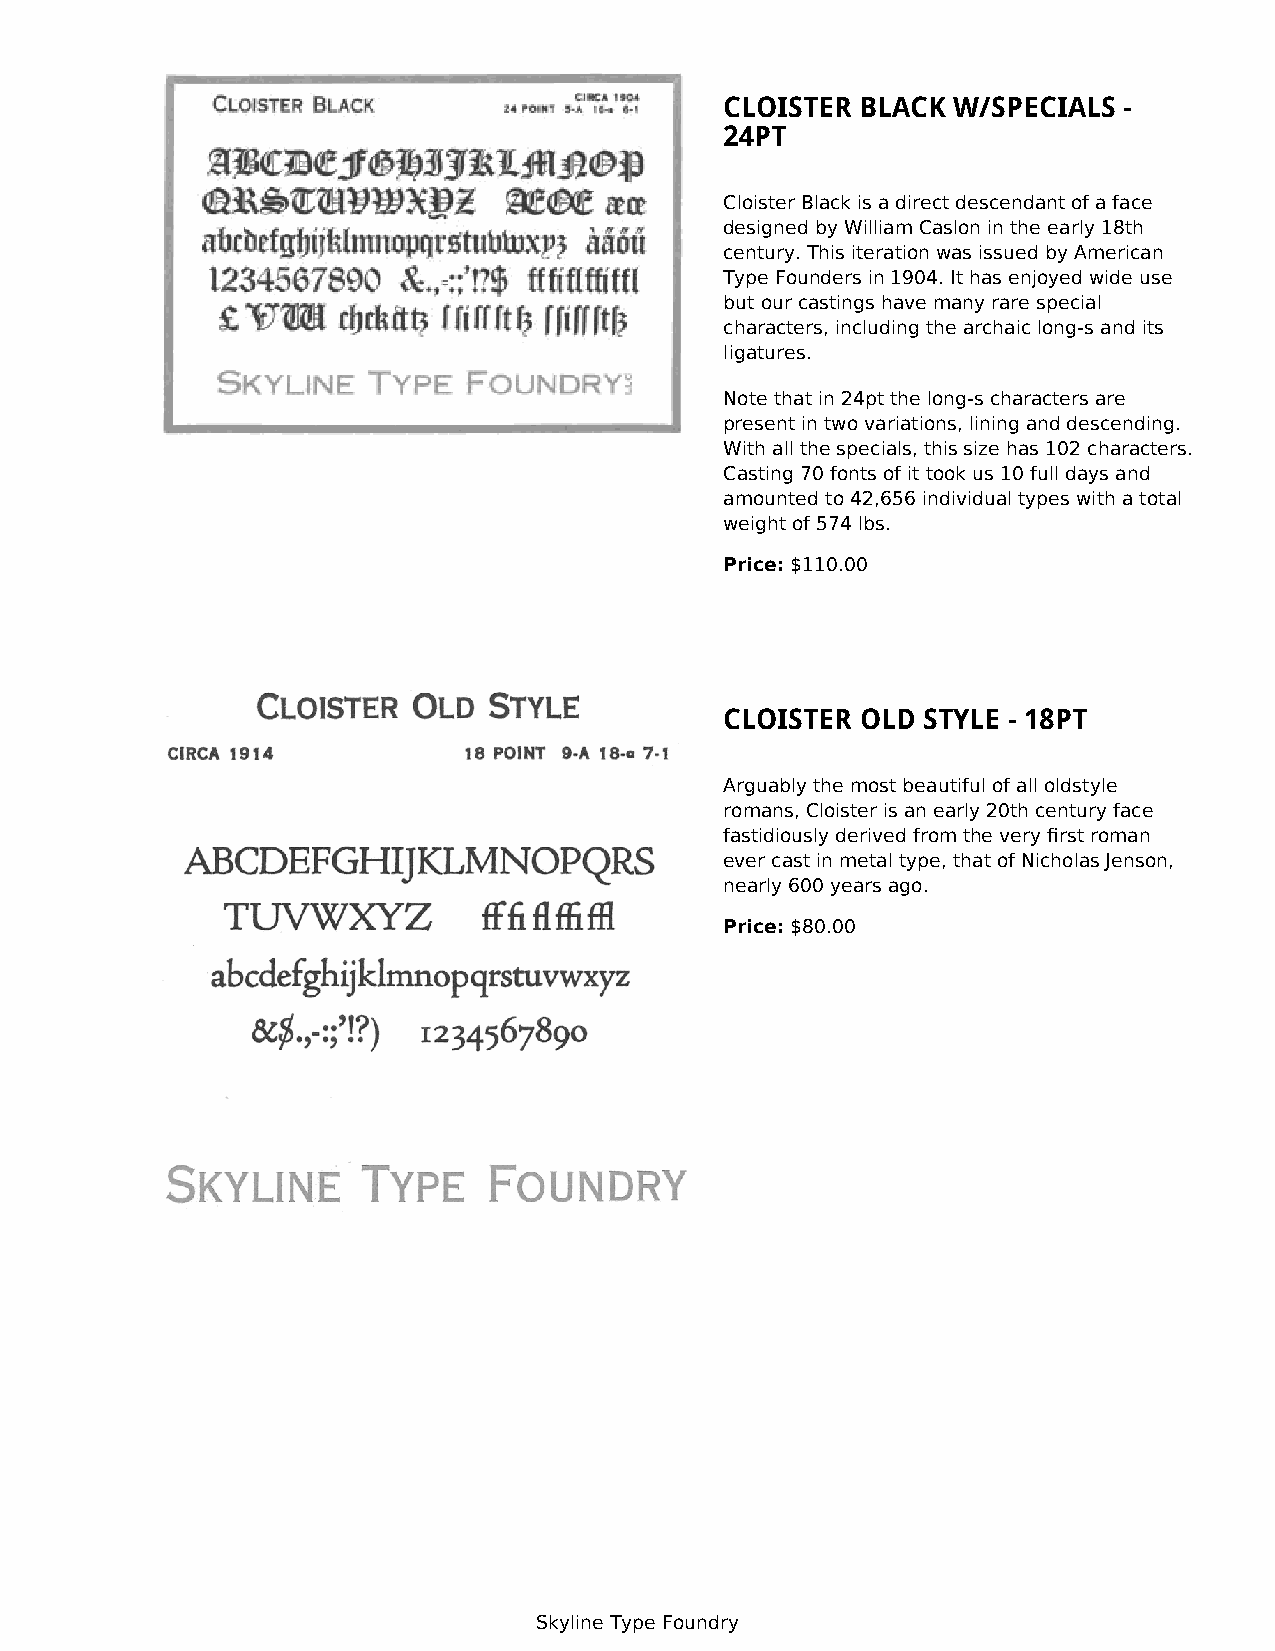
CLOISTER BLACK W/SPECIALS -
 24PT
 Cloister Black is a direct descendant of a face
 designed by William Caslon in the early 18th
 century. This iteration was issued by American
 Type Founders in 1904. It has enjoyed wide use
 but our castings have many rare special
 characters, including the archaic long-s and its
 ligatures.
 Note that in 24pt the long-s characters are
 present in two variations, lining and descending.
 With all the specials, this size has 102 characters.
 Casting 70 fonts of it took us 10 full days and
 amounted to 42,656 individual types with a total
 weight of 574 lbs.
 Price: $110.00
 CLOISTER OLD STYLE - 18PT
 Arguably the most beautiful of all oldstyle
 romans, Cloister is an early 20th century face
 fastidiously derived from the very first roman
 ever cast in metal type, that of Nicholas Jenson,
 nearly 600 years ago.
 Price: $80.00
 Skyline Type Foundry